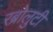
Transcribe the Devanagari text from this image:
रब्रोलुटी